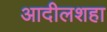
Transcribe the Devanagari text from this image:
आदीलशहा